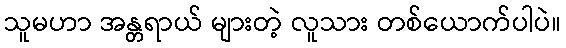
သူမဟာ အန္တရာယ် များတဲ့ လူသား တစ်ယောက်ပါပဲ။